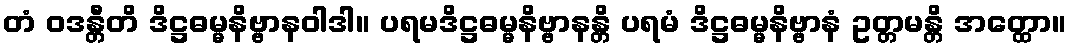
တံ ဝဒန္တီတိ ဒိဋ္ဌဓမ္မနိဗ္ဗာနဝါဒါ။ ပရမဒိဋ္ဌဓမ္မနိဗ္ဗာနန္တိ ပရမံ ဒိဋ္ဌဓမ္မနိဗ္ဗာနံ ဥတ္တမန္တိ အတ္ထော။